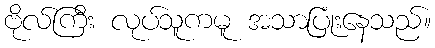
ဗိုလ်ကြီး လုပ်သူကမူ အသာပြုံးနေသည်။